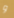
و